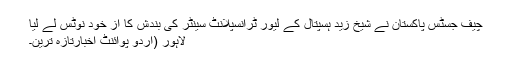
چیف جسٹس پاکستان نے شیخ زید ہسپتال کے لیور ٹرانسپلانٹ سینٹر کی بندش کا از خود نوٹس لے لیا
لاہور (اُردو پوائنٹ اخبارتازہ ترین۔